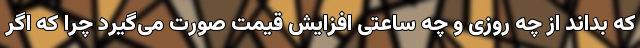
که بداند از چه روزی و چه ساعتی افزایش قیمت صورت می‌گیرد چرا که اگر